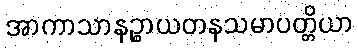
အာကာသာနဉ္စာယတနသမာပတ္တိယာ